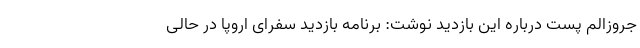
جروزالم پست درباره این بازدید نوشت: برنامه بازدید سفرای اروپا در حالی